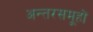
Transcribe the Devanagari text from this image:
अन्तरसमूहों